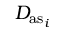
D _ { \mathrm { a s } _ { i } }